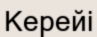
Керейі